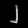
Digit: ၂